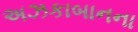
અઝકાબાનના